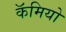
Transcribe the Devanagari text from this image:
कॅमियो